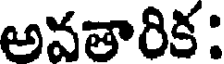
అవతారిక: